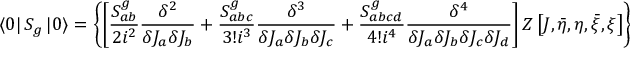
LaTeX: \left\langle 0 \right| S _ { g } \left| 0 \right\rangle = \left\{ \left[ \frac { S _ { a b } ^ { g } } { 2 i ^ { 2 } } \frac { \delta ^ { 2 } } { \delta J _ { a } \delta J _ { b } } + \frac { S _ { a b c } ^ { g } } { 3 ! i ^ { 3 } } \frac { \delta ^ { 3 } } { \delta J _ { a } \delta J _ { b } \delta J _ { c } } + \frac { S _ { a b c d } ^ { g } } { 4 ! i ^ { 4 } } \frac { \delta ^ { 4 } } { \delta J _ { a } \delta J _ { b } \delta J _ { c } \delta J _ { d } } \right] Z \left[ J , \bar { \eta } , \eta , \bar { \xi } , \xi \right] \right\} _ { J , \bar { \eta } , \eta , \bar { \xi } , \xi = 0 } .